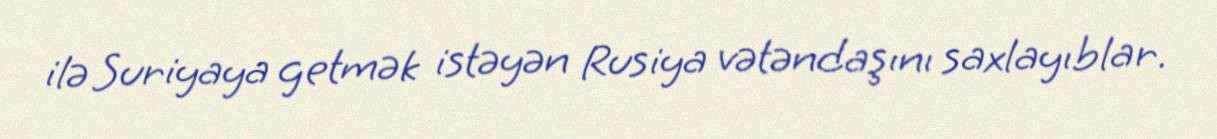
ilə Suriyaya getmək istəyən Rusiya vətəndaşını saxlayıblar.